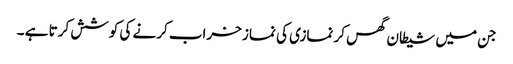
جن میں شیطان گھس کر نمازی کی نماز خراب کرنے کی کوشش کرتا ہے ۔